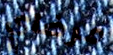
مرضاي